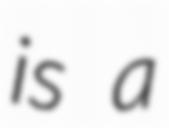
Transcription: is a